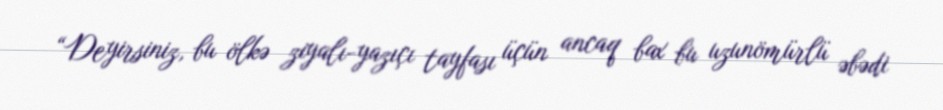
“Deyirsiniz, bu ölkə ziyalı-yazıçı tayfası üçün ancaq bax bu uzunömürlü əbədi